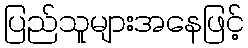
ပြည်သူများအနေဖြင့်